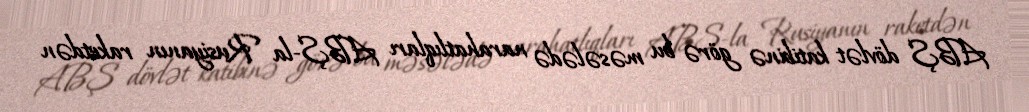
ABŞ dövlət katibinə görə bu məsələdə narahatlıqları ABŞ-la Rusiyanın raketdən